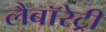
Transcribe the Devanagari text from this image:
लैबॉरेट्री